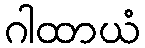
ဂါထာယံ